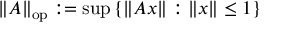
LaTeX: \| A \| _ { \mathrm { o p } } : = \operatorname* { s u p } \left\{ \| A x \| : \| x \| \leq 1 \right\}